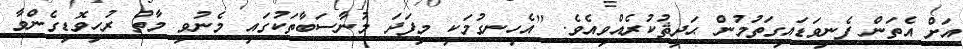
އަށް އެތަން ފެނިވަޑައިގަތުމުން ޙަދީޘުކުރެއްވިއެވެ. "އެހިނގުމަކީ މިފަދަ މުނާސަބާތަކުގައި މެނުވީ މާތް ރުހިވޮޑިގެންވާ